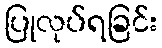
ပြုလုပ်ရခြင်း